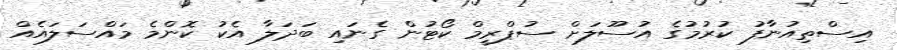
އިސްތިއުނާފު ކުރުމުގެ އުސޫލަށް ސުޕްރީމް ކޯޓުން ގެނައި ބަދަލާ އެކު ކޮންމެ މައްސަލައެއް